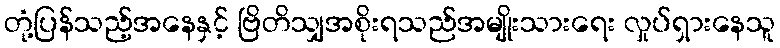
တုံ့ပြန်သည့်အနေနှင့် ဗြိတိသျှအစိုးရသည်အမျိုးသားရေး လှုပ်ရှားနေသူ